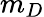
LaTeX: m_{D}